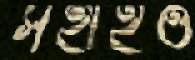
সহাইও